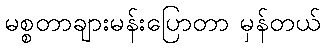
မစ္စတာချားမန်းပြောတာ မှန်တယ်